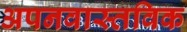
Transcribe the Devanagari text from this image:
अपनवास्तविक